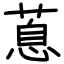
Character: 蒠